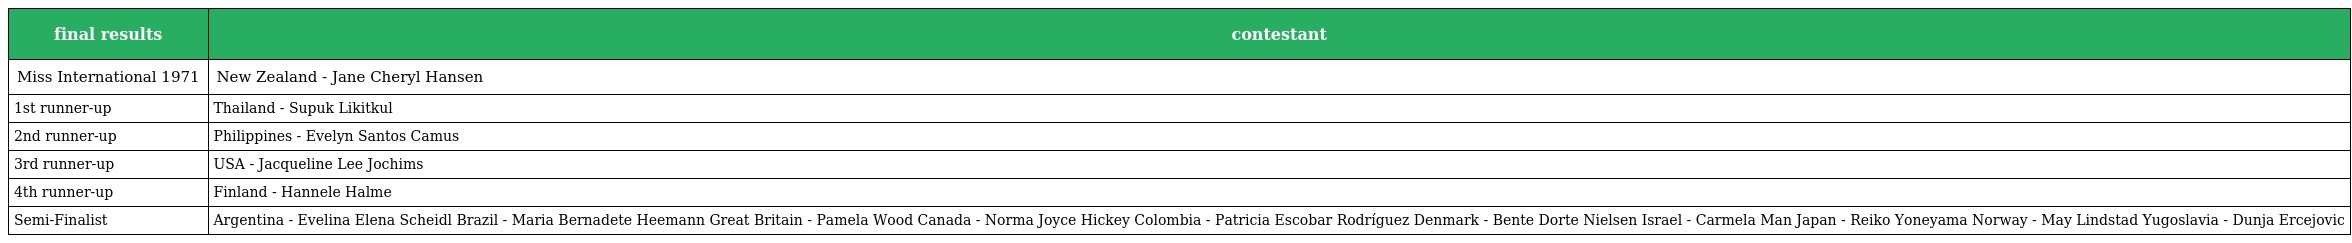
| final results | contestant |
 | --- | --- |
 | Miss International 1971 | New Zealand - Jane Cheryl Hansen |
 | 1st runner-up | Thailand - Supuk Likitkul |
 | 2nd runner-up | Philippines - Evelyn Santos Camus |
 | 3rd runner-up | USA - Jacqueline Lee Jochims |
 | 4th runner-up | Finland - Hannele Halme |
 | Semi-Finalist | Argentina - Evelina Elena Scheidl Brazil - Maria Bernadete Heemann Great Britain - Pamela Wood Canada - Norma Joyce Hickey Colombia - Patricia Escobar Rodríguez Denmark - Bente Dorte Nielsen Israel - Carmela Man Japan - Reiko Yoneyama Norway - May Lindstad Yugoslavia - Dunja Ercejovic |